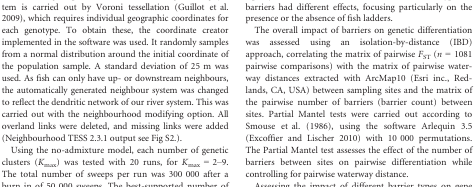
<table><thead><tr><td colspan="2"><b>Model</b></td><td><b>Slope</b></td><td><b><i>R</i><sup>2</sup></b></td><td><b>AIC</b></td><td><b>Δ AIC</b></td><td><b>AIC weight</b></td></tr></thead><tbody><tr><td>(i)</td><td>Distance</td><td>2.731E‐4***</td><td>0.354</td><td>−216.549</td><td>10.657</td><td>0.003</td></tr><tr><td rowspan="2">(ii)</td><td>Distance</td><td>1.243E‐4***</td><td rowspan="2">0.404</td><td rowspan="2">−218.349</td><td rowspan="2">8.857</td><td rowspan="2">0.007</td></tr><tr><td>All barriers</td><td>1.974E‐3***</td></tr><tr><td rowspan="3">(iii)</td><td>Distance</td><td>1.122E‐4***</td><td rowspan="3">0.527</td><td rowspan="3">−227.206</td><td rowspan="3">0.000</td><td rowspan="3">0.550</td></tr><tr><td>Barriers with fish bypass</td><td>1.392E‐3***</td></tr><tr><td>Barriers without fish bypass (including Rhine falls)</td><td>1.149E‐2***</td></tr><tr><td rowspan="2">(iv)</td><td>Distance</td><td>2.319E‐4***</td><td rowspan="2">0.423</td><td rowspan="2">−219.848</td><td rowspan="2">7.358</td><td rowspan="2">0.014</td></tr><tr><td>Rhine falls</td><td>1.878E‐2***</td></tr><tr><td rowspan="3">(v)</td><td>Distance</td><td>3.904E‐5*</td><td rowspan="3">0.498</td><td rowspan="3">−224.423</td><td rowspan="3">2.783</td><td rowspan="3">0.137</td></tr><tr><td>Rhine falls</td><td>2.476E‐2***</td></tr><tr><td>All barriers (excl. Rhine falls)</td><td>2.458E‐3***</td></tr><tr><td rowspan="4">(vi)</td><td>Distance</td><td>8.191E‐5***</td><td rowspan="4">0.534</td><td rowspan="4">−225.929</td><td rowspan="4">1.277</td><td rowspan="4">0.290</td></tr><tr><td>Rhine Falls</td><td>1.808E‐2***</td></tr><tr><td>Barriers with fish bypass</td><td>1.720E‐3***</td></tr><tr><td>Barriers without fish bypass</td><td>9.402E‐3***</td></tr></tbody></table>